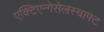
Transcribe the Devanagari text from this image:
एक्टिएन्गेसेलस्चाफ्ट